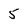
Character: 5